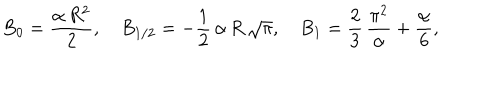
B _ { 0 } = \frac { \alpha \, R ^ { 2 } } { 2 } , \quad B _ { 1 / 2 } = - \frac { 1 } { 2 } \, \alpha \, R \, \sqrt \pi , \quad B _ { 1 } = \frac { 2 } { 3 } \, \frac { \pi ^ { 2 } } { \alpha } + \frac { \alpha } { 6 } ,